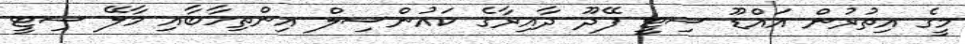
މީގެ އިތުރުން އައްޑޫ ސިޓީ ފޭދޫ ދާއިރާގެ ކައުންސިލް އިންތިހާބާއި މާލޭ ސިޓީ